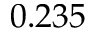
0 . 2 3 5